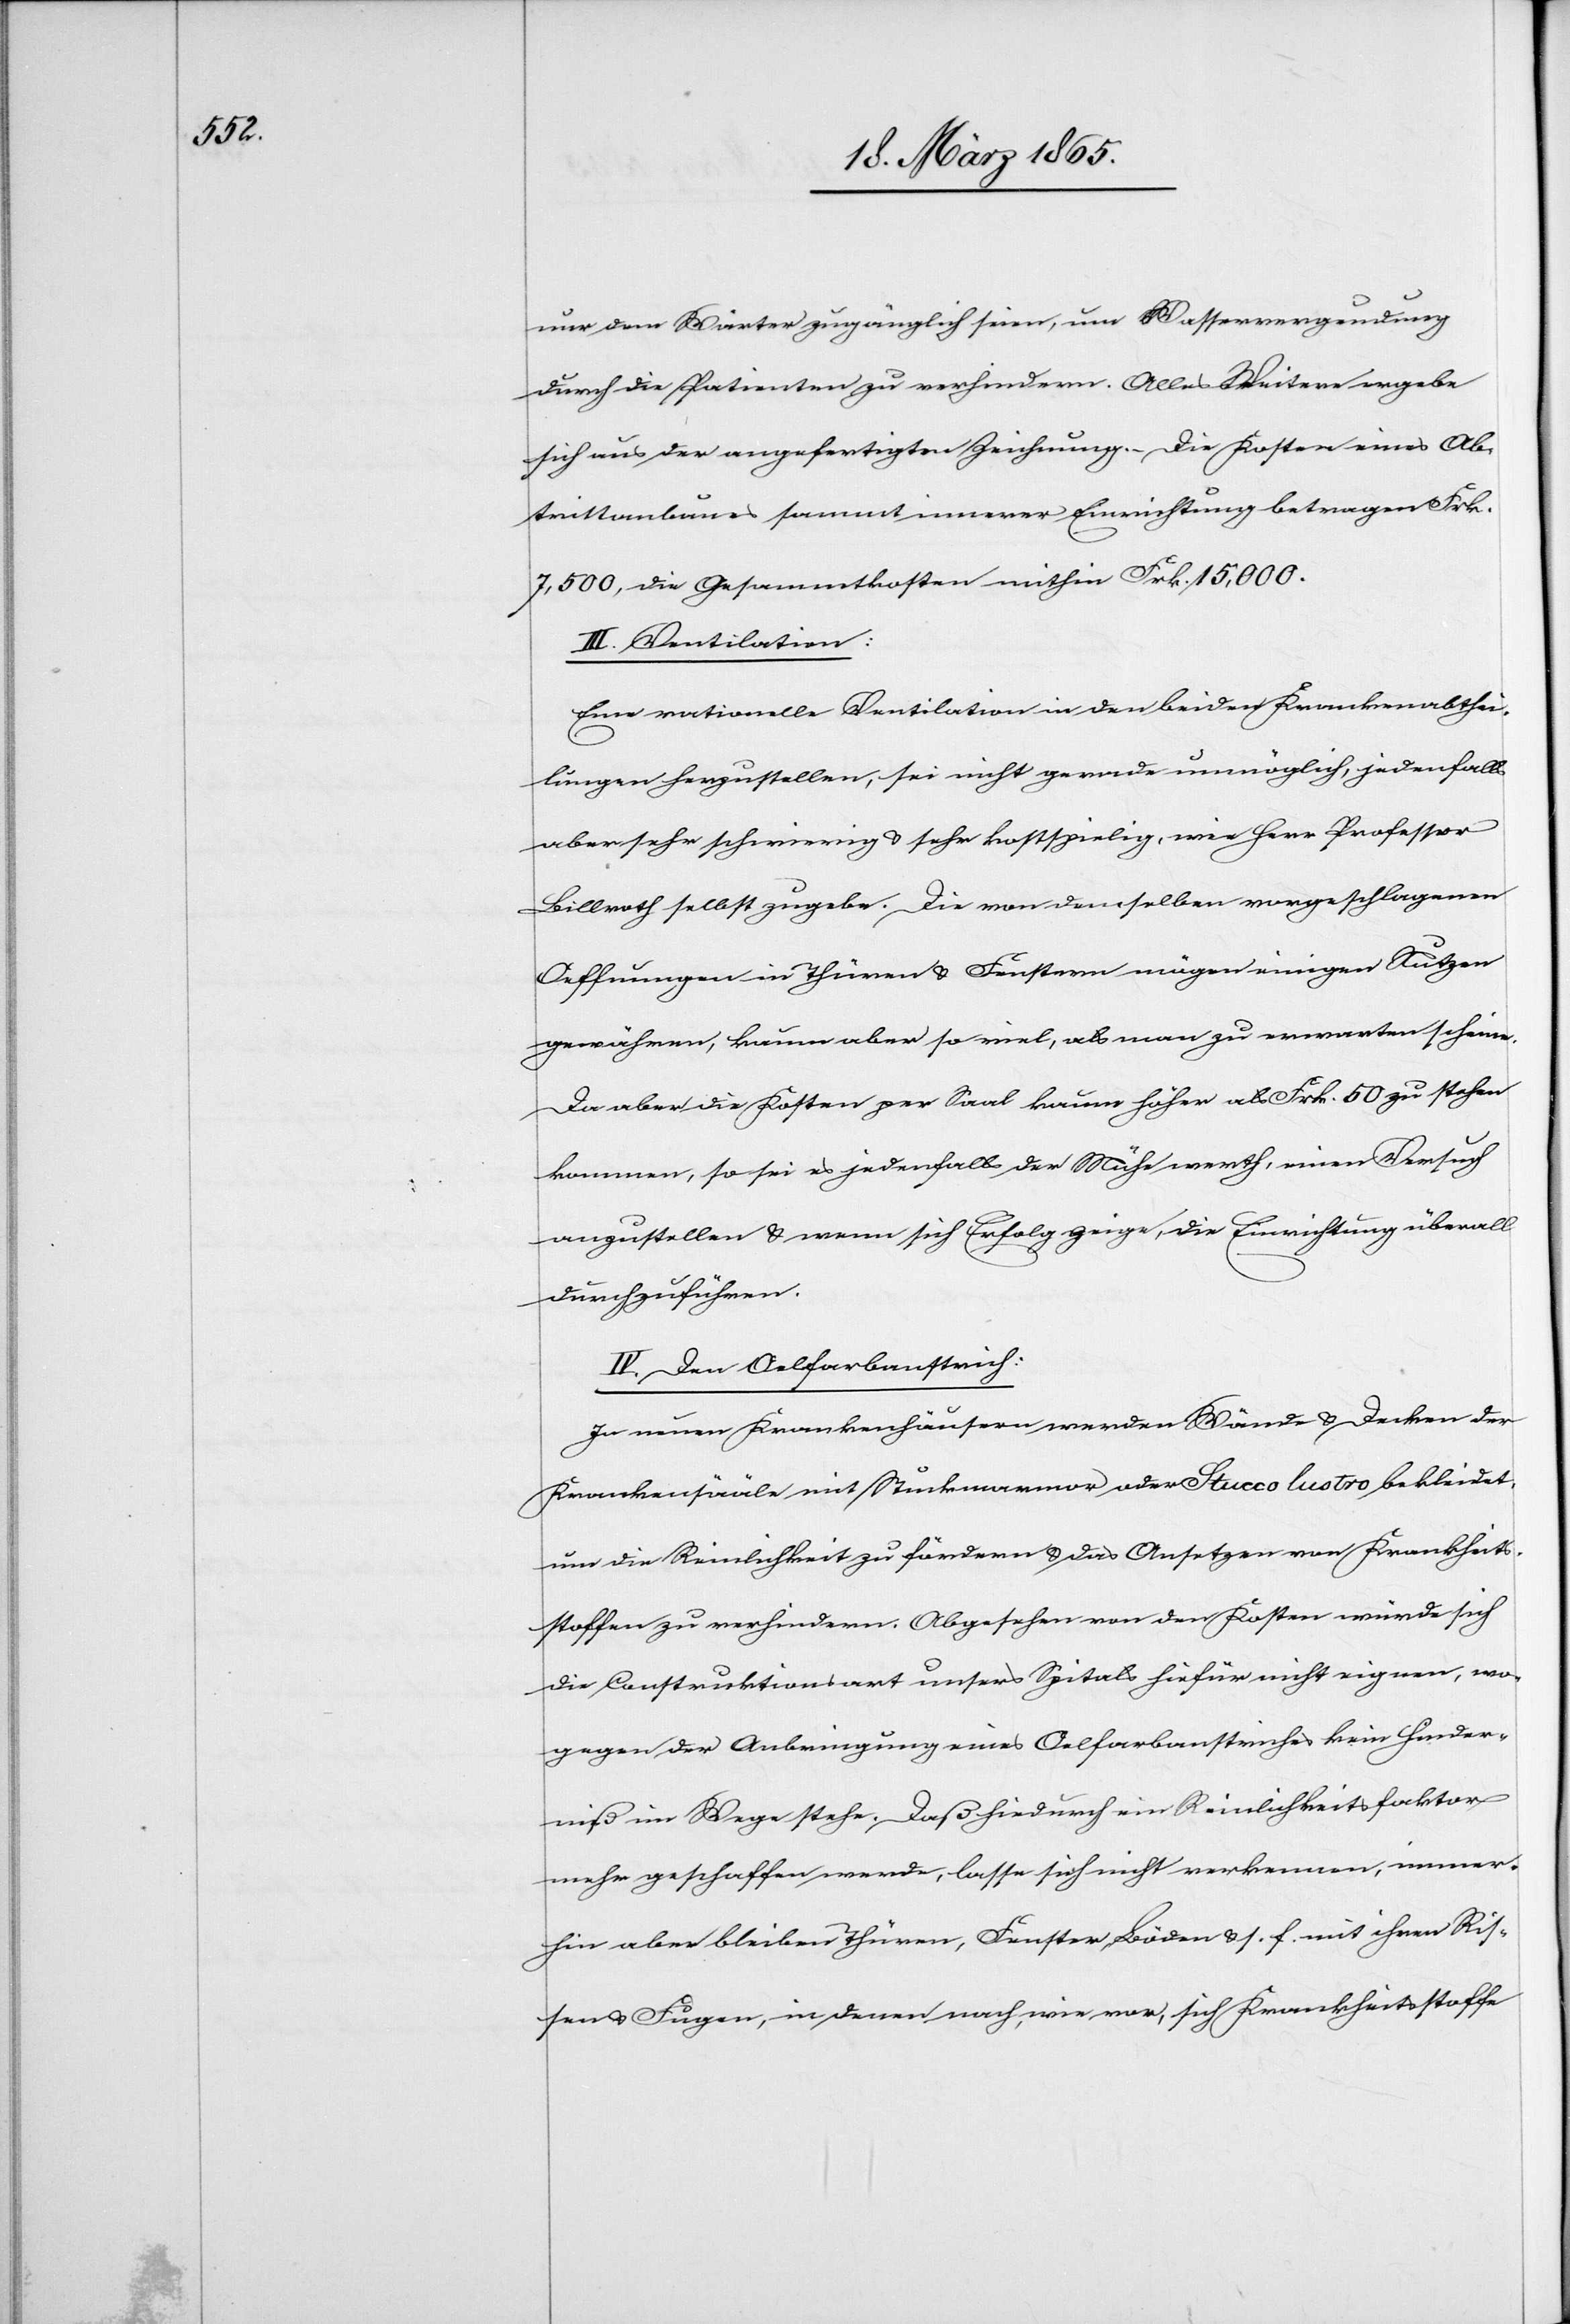
nur dem Wärter zugänglich seien, um Wasservergeudung
durch die Patienten zu verhindern. Alles Weitere ergebe
sich aus der angefertigten Zeichnung. Die Kosten eines Ab¬
trittanbaues sammt innerer Einrichtung betragen Frk.
7,5000, die Gesammtkosten mithin Frk. 15,000.
III. Ventilation:
Eine rationelle Ventilation in den beiden Krankenabthei¬
lungen herzustellen, sei nicht gerade unmöglich, jedenfalls
aber sehr schwierig & sehr kostspielig, wie Herr Professor
Billroth selbst zugebe. Die von demselben vorgeschlagenen
Oeffnungen in Thüren & Fenstern mögen einigen Nutzen
gewähren, kaum aber so viel, als man zu erwarten scheine.
Da aber die Kosten per Saal kaum höher als Frk. 50 zu stehen
kommen, so sei es jedenfalls der Mühe werth, einen Versuch
anzustellen & wenn sich Erfolg zeige, die Einrichtung überall
durchzuführen.
IV. Den Oelfarbanstrich:
In neuen Krankenhäusern werden Wände & Decken der
Krankensääle mit Stuckmarmor oder Stucco lustro bekleidet,
um die Reinlichkeit zu fördern & das Ansetzen von Krankheits¬
stoffen zu verhindern. Abgesehen von den Kosten würde sich
die Construktionsart unsers Spitals hiefür nicht eigenen, wo¬
gegen der Anbringung eines Oelfarbanstriches kein Hinder¬
niß im Wege stehe. Daß hiedurch ein Reinlichkeitsfaktor
mehr geschaffen werde, lasse sich nicht verkennen, immer¬
hin aber bleiben Türen, Fenster, Böden u. s. f. mit ihren Ris¬
sen & Fugen, in denen nach, wie vor, sich Krankheitsstoffe